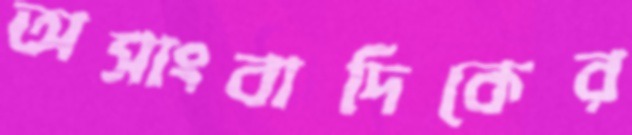
অসাংবাদিকের